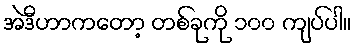
အဲဒီဟာကတော့ တစ်ခုကို ၁၀၀ ကျပ်ပါ။